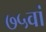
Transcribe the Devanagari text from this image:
७५वां